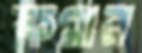
কমার